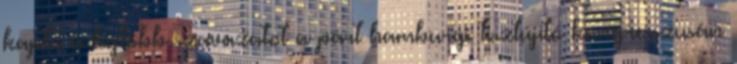
kapta a legtöbb szavazatot a párt hamburgi tisztújító kongresszusán